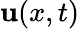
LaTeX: \mathbf u(x,t)